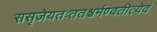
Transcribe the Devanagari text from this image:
ससृजेयतःततश्चर्मण्वतीत्येवं